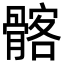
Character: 髂